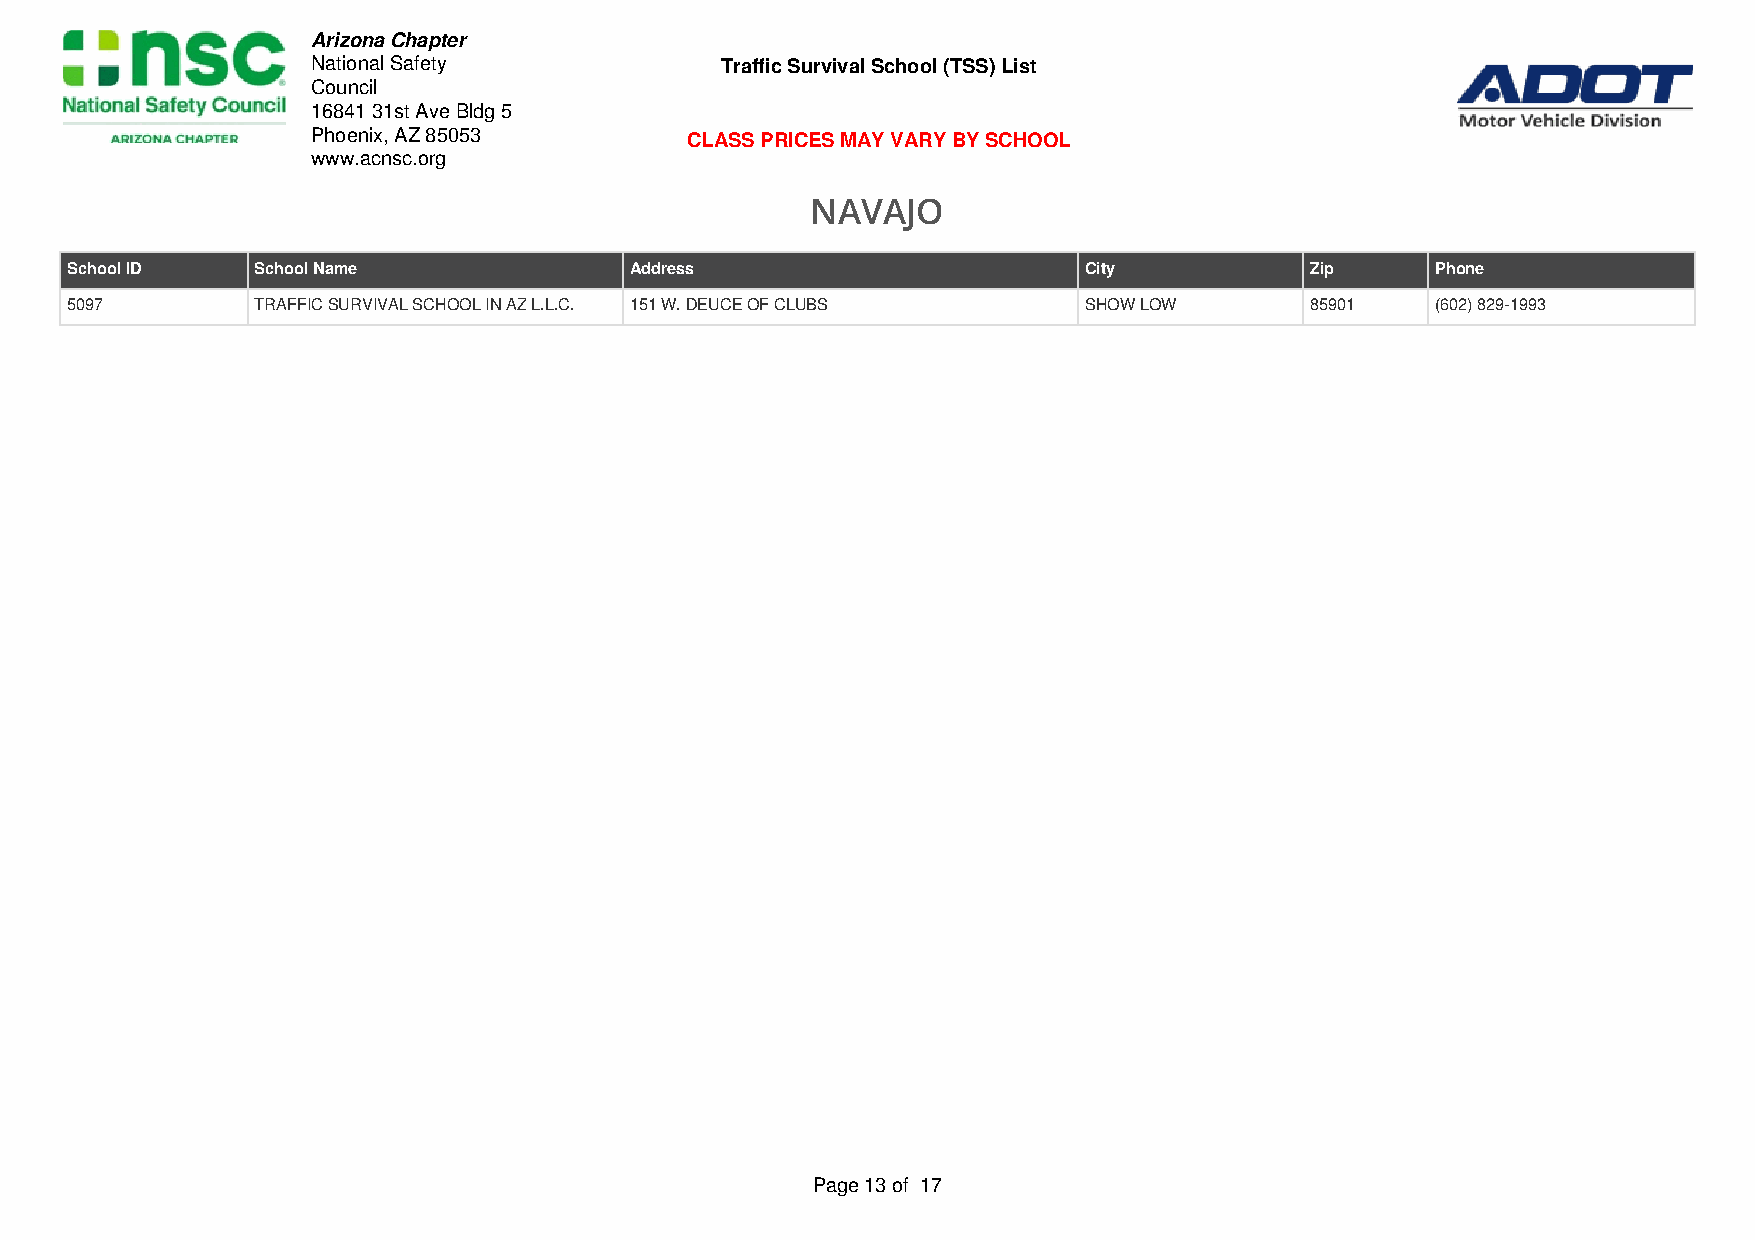
Arizona Chapter
 National Safety            Traffic Survival School (TSS) List
 Council
 16841 31st Ave Bldg 5
 Phoenix, AZ 85053       CLASS PRICES MAY VARY BY SCHOOL
 www.acnsc.org
 NAVAJO
 School ID    School Name              Address                       City           Zip     Phone
 5097         TRAFFIC SURVIVAL SCHOOL IN AZ L.L.C. 151 W. DEUCE OF CLUBS SHOW LOW   85901   (602) 829-1993
 Page 13 of 17